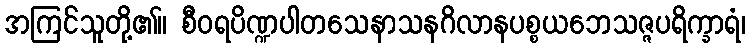
အကြင်သူတို့၏။ စီဝရပိဏ္ဍပါတသေနာသနဂိလာနပစ္စယဘေသဇ္ဇပရိက္ခာရံ၊